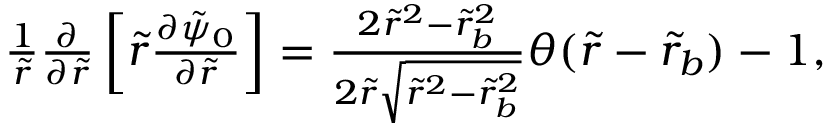
\begin{array} { r } { \frac { 1 } { \tilde { r } } \frac { \partial } { \partial \tilde { r } } \left[ \tilde { r } \frac { \partial \tilde { \psi } _ { 0 } } { \partial \tilde { r } } \right] = \frac { 2 \tilde { r } ^ { 2 } - \tilde { r } _ { b } ^ { 2 } } { 2 \tilde { r } \sqrt { \tilde { r } ^ { 2 } - \tilde { r } _ { b } ^ { 2 } } } \theta ( \tilde { r } - \tilde { r } _ { b } ) - 1 , } \end{array}